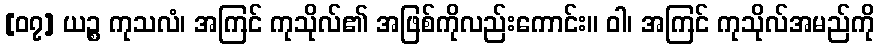
[၀၇] ယဉ္စ ကုသလံ၊ အကြင် ကုသိုလ်၏ အဖြစ်ကိုလည်းကောင်း။ ဝါ၊ အကြင် ကုသိုလ်အမည်ကို